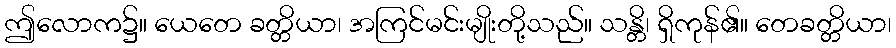
ဤလောက၌။ ယေတေ ခတ္တိယာ၊ အကြင်မင်းမျိုးတို့သည်။ သန္တိ၊ ရှိကုန်၏။ တေခတ္တိယာ၊